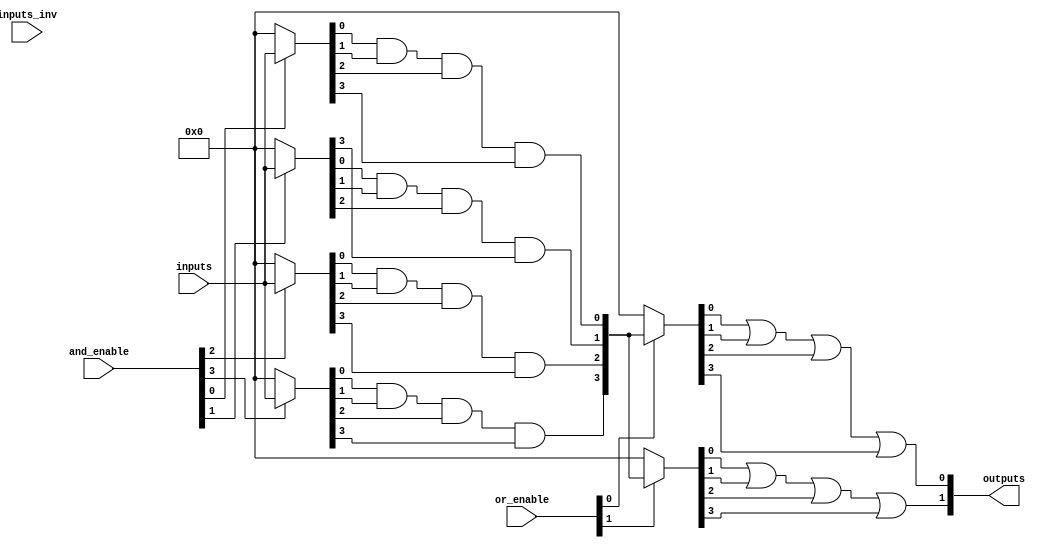
module fuse_based_PLA #(
    parameter N = 4,  // Number of inputs
    parameter M = 2,  // Number of outputs
    parameter AND_GATE_COUNT = 4, // Number of AND gates
    parameter OR_GATE_COUNT = 2    // Number of OR gates
)(
    input wire [N-1:0] inputs,          // Input signals
    input wire [N-1:0] inputs_inv,      // Inverted inputs (fuse connections)
    input wire [AND_GATE_COUNT-1:0] and_enable, // Enable signals for AND gates
    input wire [OR_GATE_COUNT-1:0] or_enable,   // Enable signals for OR gates
    output wire [M-1:0] outputs          // Output signals
);

// Internal wires for AND gate outputs
wire [AND_GATE_COUNT-1:0] and_outputs;

// AND array implementation
genvar i, j;
generate
    for (i = 0; i < AND_GATE_COUNT; i = i + 1) begin : and_gate
        wire [N-1:0] and_inputs;
        assign and_inputs = (and_enable[i]) ? inputs : 0; // Connect inputs if enabled

        // Example: each AND gate can be programmed to use any combination of inputs
        // Here we use a simple example of ANDing all inputs together for demonstration
        assign and_outputs[i] = and_inputs[0] & and_inputs[1] & and_inputs[2] & and_inputs[3];
    end
endgenerate

// OR array implementation
generate
    for (j = 0; j < OR_GATE_COUNT; j = j + 1) begin : or_gate
        wire [AND_GATE_COUNT-1:0] or_inputs;

        // Example: Each OR gate can be programmed to connect to any AND gate outputs
        // Here we use a simple example of ORing all AND gate outputs for demonstration
        assign or_inputs = (or_enable[j]) ? and_outputs : 0; // Connect AND outputs if enabled
        assign outputs[j] = or_inputs[0] | or_inputs[1] | or_inputs[2] | or_inputs[3];
    end
endgenerate

endmodule